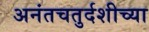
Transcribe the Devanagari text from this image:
अनंतचतुर्दशीच्या